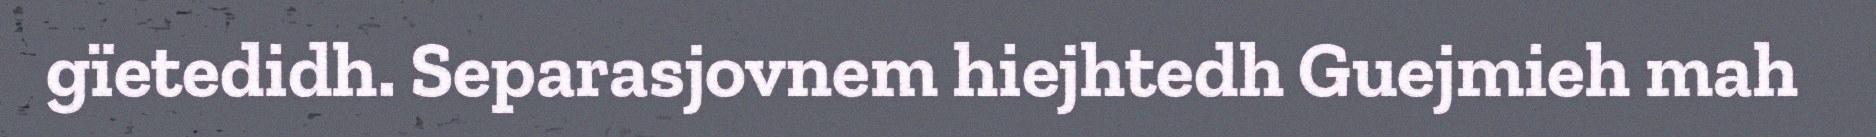
gïetedidh. Separasjovnem hiejhtedh Guejmieh mah